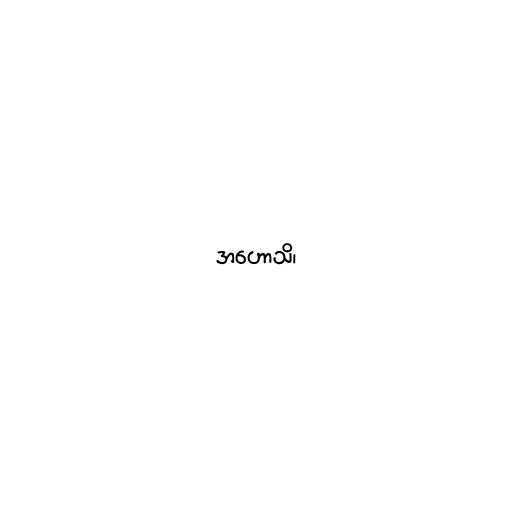
အဟောသိ၊